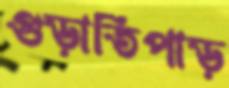
গুড়াতিপাড়